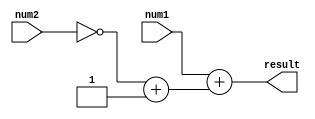
module ripple_carry_subtractor (
    input [7:0] num1,
    input [7:0] num2,
    output reg [7:0] result
);

reg [7:0] neg_num2;

assign neg_num2 = ~num2 + 1;

always @* begin
    result = num1 + neg_num2;
end

endmodule